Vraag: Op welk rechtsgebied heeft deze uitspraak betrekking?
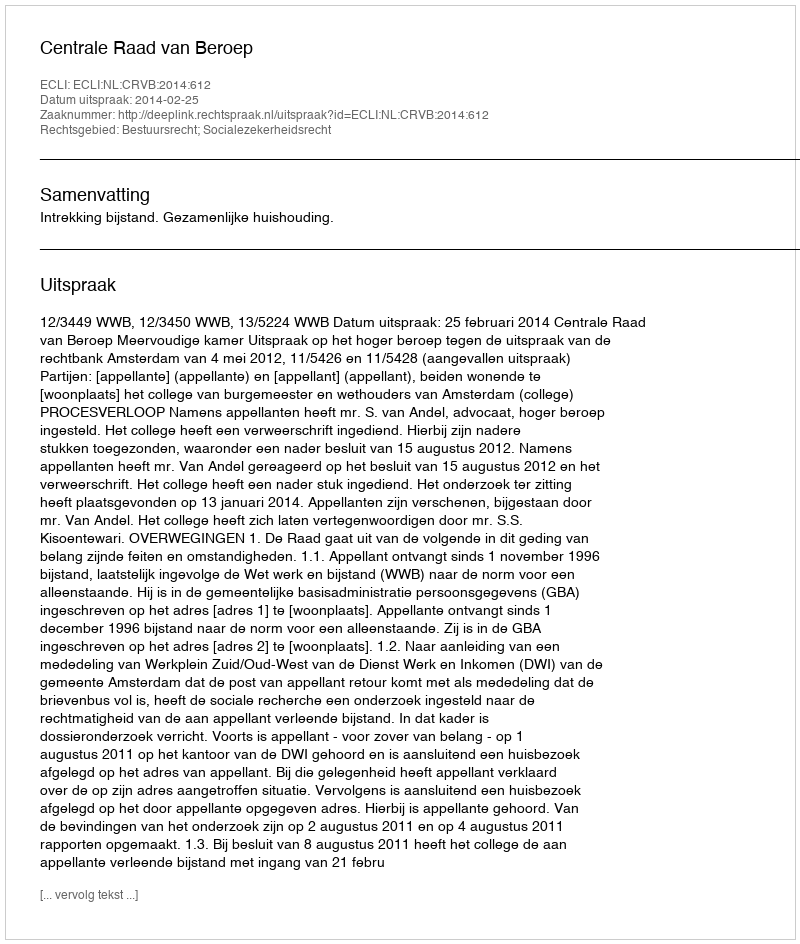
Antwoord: Bestuursrecht; Socialezekerheidsrecht